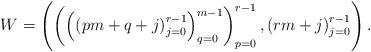
LaTeX: \begin{align*}W = \left(\left(\left(\left(pm+q+j\right)_{j=0}^{r-1}\right)_{q=0}^{m-1}\right)_{p=0}^{r-1},\left(rm+j\right)_{j=0}^{r-1}\right).\end{align*}